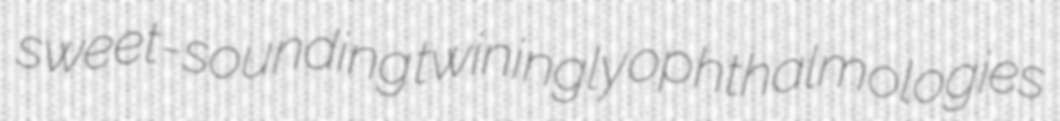
sweet-sounding twiningly ophthalmologies